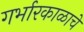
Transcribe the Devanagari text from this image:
गर्भारकाळाचे